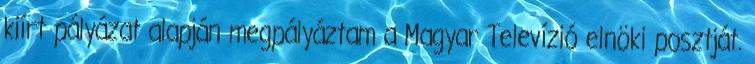
kiírt pályá­zat alapján megpályáztam a Magyar Televízió elnöki posztját.